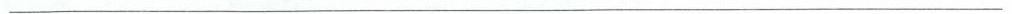
___